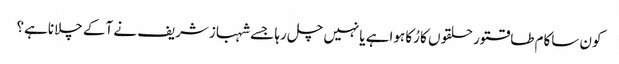
کون ساکام طاقتور حلقوں کا رُکا ہواہے یانہیں چل رہا جسے شہبازشریف نے آکے چلاناہے؟